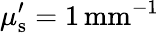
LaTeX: \mu_{\mathrm{{s}}}^{\prime}=1\, \textrm{mm}^{-1}